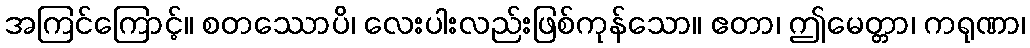
အကြင်ကြောင့်။ စတဿောပိ၊ လေးပါးလည်းဖြစ်ကုန်သော။ ဧတာ၊ ဤမေတ္တာ၊ ကရုဏာ၊